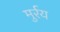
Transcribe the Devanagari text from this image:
मुर्रय